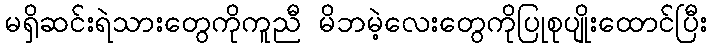
မရှိဆင်းရဲသားတွေကိုကူညီ မိဘမဲ့လေးတွေကိုပြုစုပျိုးထောင်ပြီး